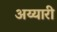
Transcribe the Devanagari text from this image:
अय्यारी